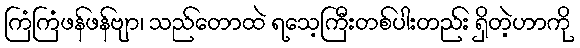
ကြံကြံဖန်ဖန်ဗျာ၊ သည်တောထဲ ရသေ့ကြီးတစ်ပါးတည်း ရှိတဲ့ဟာကို